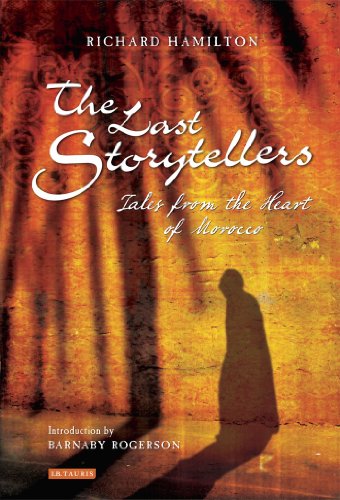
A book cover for The Last Storytellers: Tales from the Heart of Morocco; Richard Hamilton; Travel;